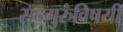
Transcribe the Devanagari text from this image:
सदगुरुंविषयी